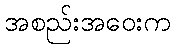
အစည်းအဝေးက